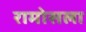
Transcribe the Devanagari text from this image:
रामोसला